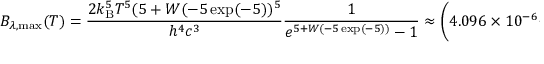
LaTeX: B _ { \lambda , { \mathrm { m a x } } } ( T ) = { \frac { 2 k _ { \mathrm { B } } ^ { 5 } T ^ { 5 } ( 5 + W ( - 5 \exp ( - 5 ) ) ^ { 5 } } { h ^ { 4 } c ^ { 3 } } } { \frac { 1 } { e ^ { 5 + W ( - 5 \exp ( - 5 ) ) } - 1 } } \approx \left( 4 . 0 9 6 \times 1 0 ^ { - 6 } { \frac { \mathrm { W } } { { \mathrm { m } } ^ { 3 } \cdot { \mathrm { K } } ^ { 5 } } } \right) \times ~ T ^ { 5 }